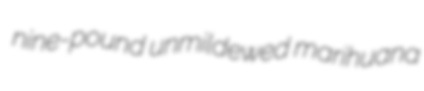
nine-pound unmildewed marihuana